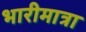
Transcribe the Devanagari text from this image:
भारीमात्रा